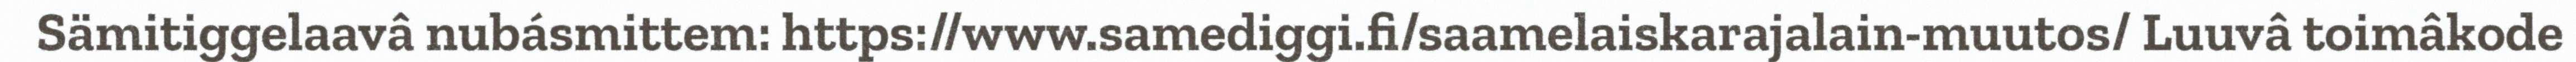
Sämitiggelaavâ nubásmittem: https://www.samediggi.fi/saamelaiskarajalain-muutos/ Luuvâ toimâkode